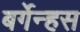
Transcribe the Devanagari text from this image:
बर्गेन्हस